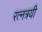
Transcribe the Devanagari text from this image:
रत्नत्रयी